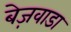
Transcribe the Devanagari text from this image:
बेज़वाडा